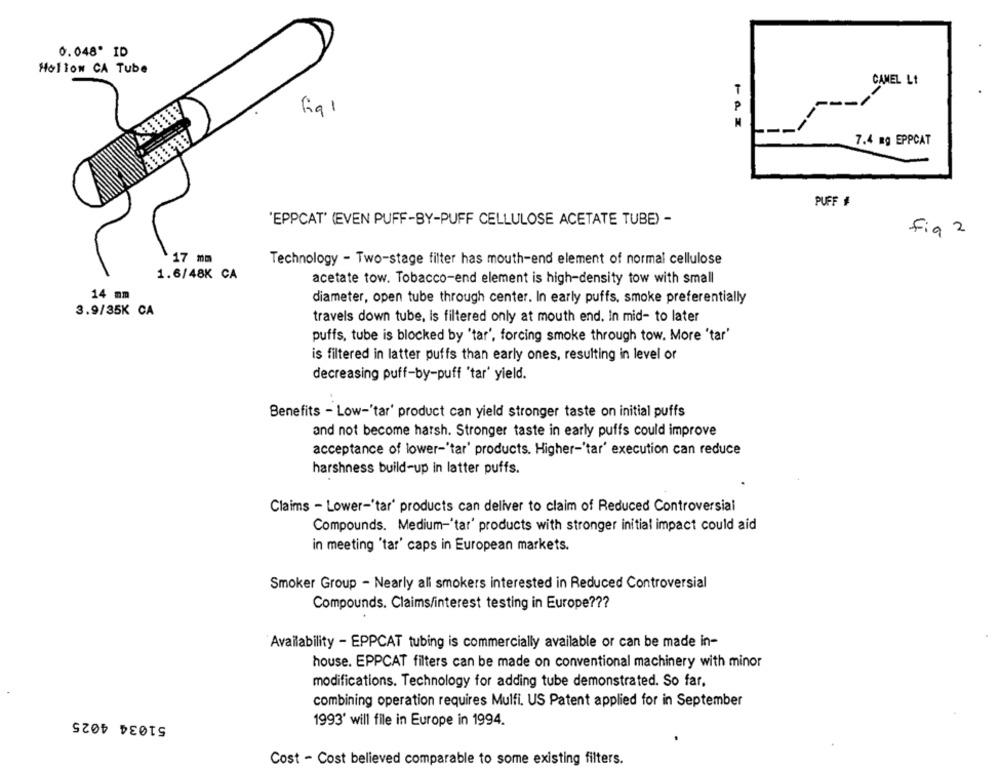
0.048º ID
Hollow CA Tube
CAMEL Lt
T
P
fig1
7.4 mg EPPCAT
PUFF #
'EPPCAT' (EVEN PUFF-BY-PUFF CELLULOSE ACETATE TUBE) -
Fig 2
17 mm
Technology - Two-stage filter has mouth-end element of normal cellulose
1.6/48K CA
acetate tow. Tobacco-end element is high-density tow with small
14 mm
diameter, open tube through center. In early puffs, smoke preferentially
3.9/35K CA
travels down tube, Is filtered only at mouth end. In mid- to later
puffs, tube is blocked by 'tar', forcing smoke through tow. More 'tar'
is filtered in latter puffs than early ones, resulting in level or
decreasing puff-by-puff 'tar' yield.
Benefits - Low-'tar' product can yield stronger taste on initial puffs
and not become harsh. Stronger taste in early puffs could improve
acceptance of lower-'tar' products. Higher-'tar' execution can reduce
harshness build-up in latter puffs.
Claims - Lower-'tar' products can deliver to claim of Reduced Controversial
Compounds. Medium-'tar' products with stronger initial impact could aid
in meeting 'tar' caps in European markets.
Smoker Group - Nearly all smokers interested in Reduced Controversial
Compounds. Claims/interest testing in Europe ???
Availability - EPPCAT tubing is commercially available or can be made in-
house. EPPCAT filters can be made on conventional machinery with minor
modifications. Technology for adding tube demonstrated. So far,
combining operation requires Mulfi. US Patent applied for in September
51034 4025
1993' will file in Europe in 1994.
Cost - Cost believed comparable to some existing filters.